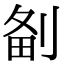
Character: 𠝘